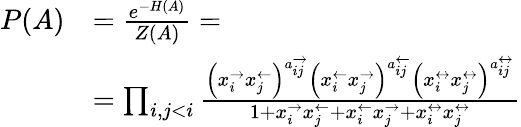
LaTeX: \begin{array}{rl}{P(A)}&{=\frac{e^{-H(A)}}{Z(A)}=}\\ &{=\prod_{i,j<i}\frac{\left(x_{i}^{\rightarrow}x_{j}^{\leftarrow}\right)^{a_{ij}^{\rightarrow}}\left(x_{i}^{\leftarrow}x_{j}^{\rightarrow}\right)^{a_{ij}^{\leftarrow}}\left(x_{i}^{\leftrightarrow}x_{j}^{\leftrightarrow}\right)^{a_{ij}^{\leftrightarrow}}}{1+x_{i}^{\rightarrow}x_{j}^{\leftarrow}+x_{i}^{\leftarrow}x_{j}^{\rightarrow}+x_{i}^{\leftrightarrow}x_{j}^{\leftrightarrow}}}\end{array}